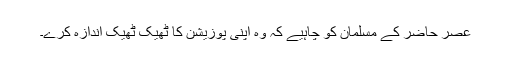
عصر حاضر کے مسلمان کو چاہیے کہ وہ اپنی پوزیشن کا ٹھیک ٹھیک اندازہ کرے۔